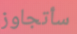
سأتجاوز